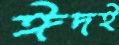
ঈদই